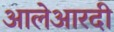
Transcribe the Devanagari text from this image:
आलेआरदी